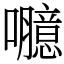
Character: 𡄯